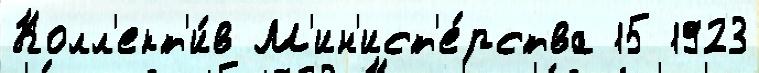
Колл'ект'и́в М'ин'ист'е́рства 15 1923